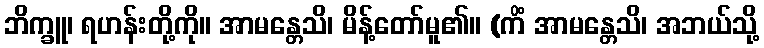
ဘိက္ခူ၊ ရဟန်းတို့ကို။ အာမန္တေသိ၊ မိန့်တော်မူ၏။ (ကိံ အာမန္တေသိ၊ အဘယ်သို့